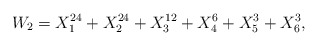
\begin{align*}W_{2} = X_{1}^{24} +X_{2}^{24} +X_{3}^{12} +X_{4}^{6} +X_{5}^{3} +X_{6}^{3},\end{align*}